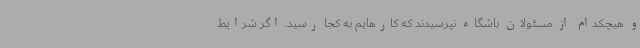
و هیچکدام از مسئولان باشگاه نپرسیدند که کارهایم به کجا رسید. اگر شرایط